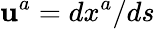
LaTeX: \mathbf{u}^{a}=dx^{a}/ds